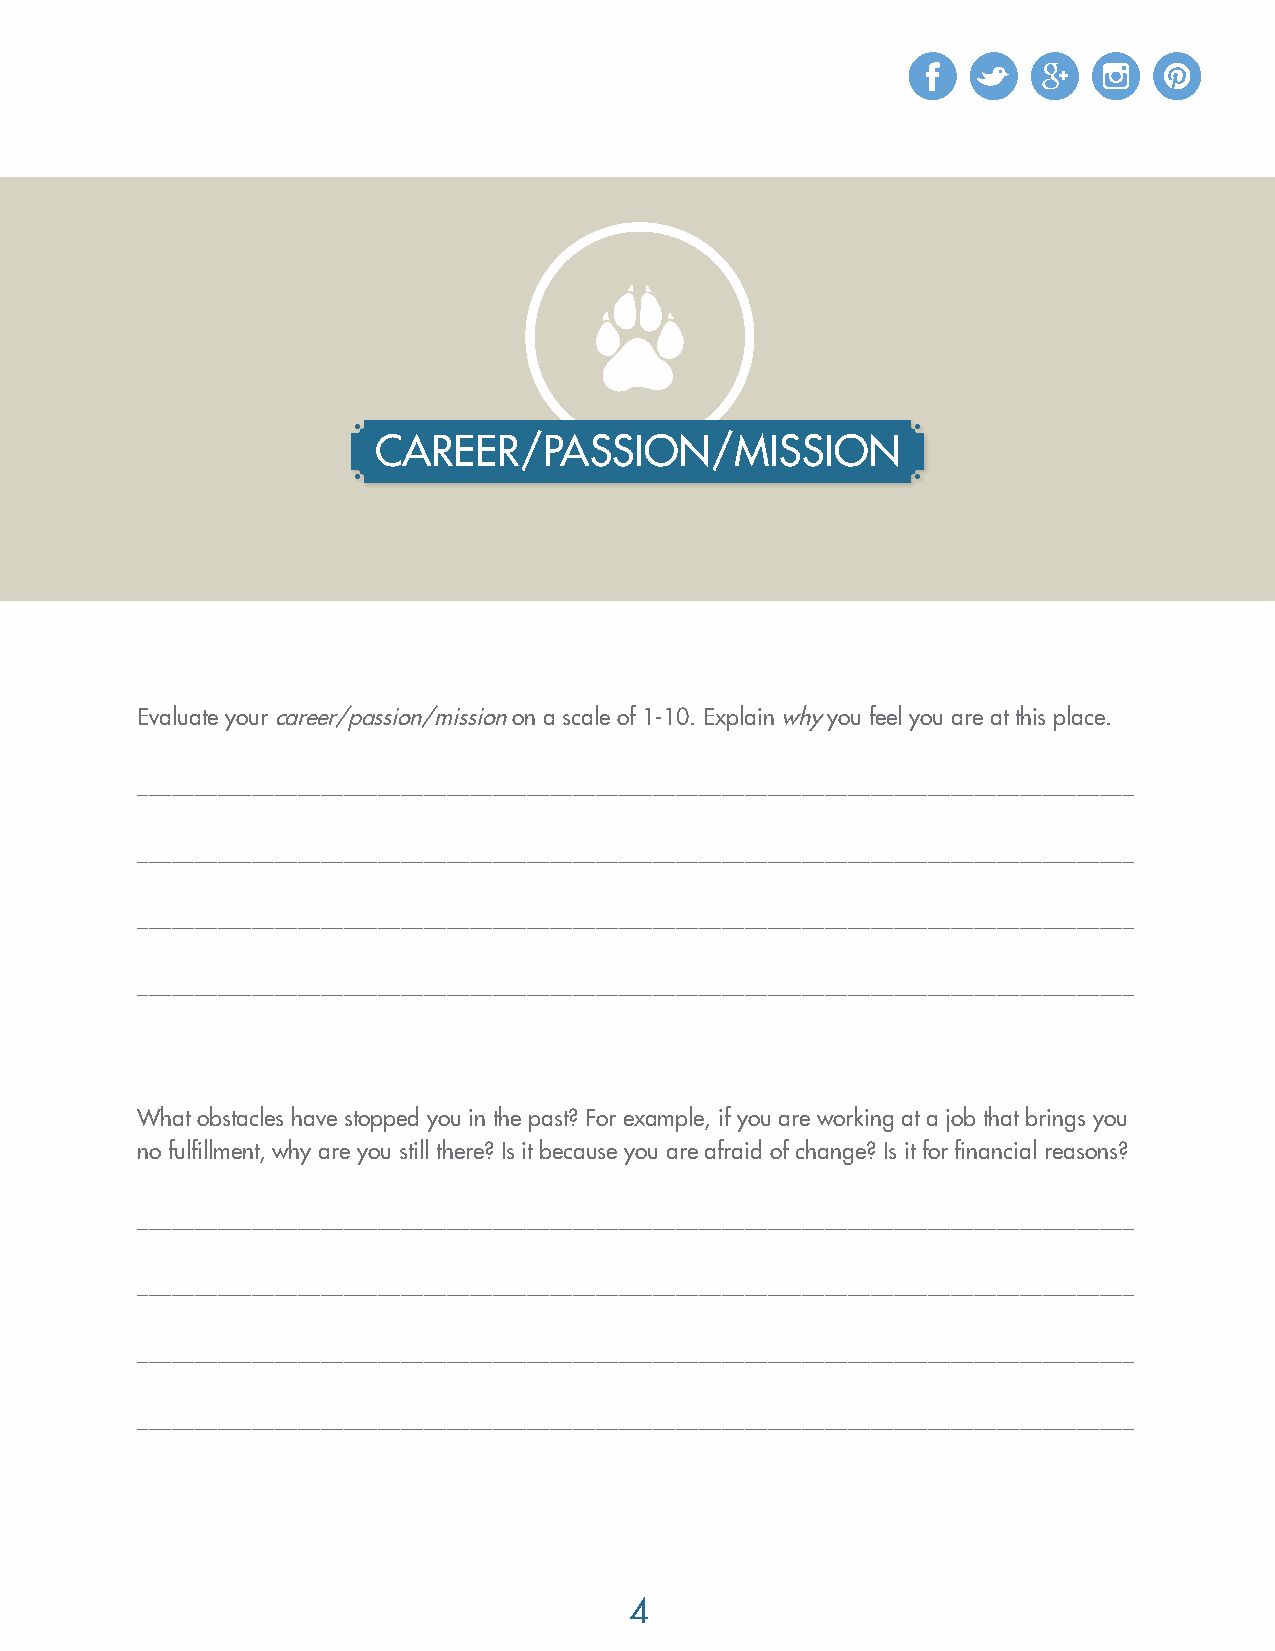
CAREER/PASSION/MISSION
 Evaluate your career/passion/mission on a scale of 1-10. Explain why you feel you are at this place.
 _______________________________________________________________________________________
 _______________________________________________________________________________________
 _______________________________________________________________________________________
 _______________________________________________________________________________________
 What obstacles have stopped you in the past? For example, if you are working at a job that brings you
 no fulfillment, why are you still there? Is it because you are afraid of change? Is it for financial reasons?
 _______________________________________________________________________________________
 _______________________________________________________________________________________
 _______________________________________________________________________________________
 _______________________________________________________________________________________
 44